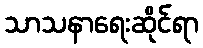
သာသနာရေးဆိုင်ရာ